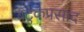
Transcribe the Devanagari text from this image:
बटुकप्रसाद